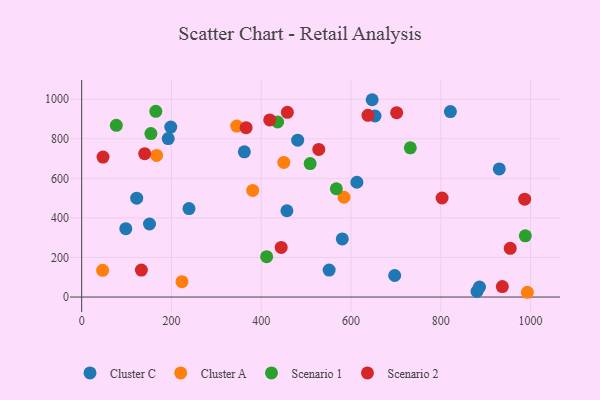
{"axis": {"x": "Experience", "y": "Profit"}, "legend": ["Cluster A", "Cluster C", "Scenario 1", "Scenario 2"], "data": [{"x": "551.3", "y": 136.5, "type": "Cluster C"}, {"x": "880.7", "y": 28.6, "type": "Cluster C"}, {"x": "457.2", "y": 436.3, "type": "Cluster C"}, {"x": "821.4", "y": 937.7, "type": "Cluster C"}, {"x": "930.3", "y": 647.9, "type": "Cluster C"}, {"x": "362.4", "y": 734.1, "type": "Cluster C"}, {"x": "239.1", "y": 447.0, "type": "Cluster C"}, {"x": "647.1", "y": 997.5, "type": "Cluster C"}, {"x": "151.1", "y": 369.3, "type": "Cluster C"}, {"x": "886.2", "y": 50.6, "type": "Cluster C"}, {"x": "98.3", "y": 345.4, "type": "Cluster C"}, {"x": "198.5", "y": 859.0, "type": "Cluster C"}, {"x": "192.8", "y": 801.1, "type": "Cluster C"}, {"x": "580.6", "y": 293.7, "type": "Cluster C"}, {"x": "122.6", "y": 499.8, "type": "Cluster C"}, {"x": "481.2", "y": 792.8, "type": "Cluster C"}, {"x": "697.3", "y": 108.9, "type": "Cluster C"}, {"x": "653.5", "y": 915.3, "type": "Cluster C"}, {"x": "613.1", "y": 580.4, "type": "Cluster C"}, {"x": "992.9", "y": 24.1, "type": "Cluster A"}, {"x": "584.4", "y": 504.5, "type": "Cluster A"}, {"x": "166.9", "y": 715.9, "type": "Cluster A"}, {"x": "345.4", "y": 864.1, "type": "Cluster A"}, {"x": "381.0", "y": 539.0, "type": "Cluster A"}, {"x": "46.7", "y": 135.2, "type": "Cluster A"}, {"x": "450.3", "y": 680.7, "type": "Cluster A"}, {"x": "223.4", "y": 77.5, "type": "Cluster A"}, {"x": "412.1", "y": 204.3, "type": "Scenario 1"}, {"x": "732.1", "y": 754.1, "type": "Scenario 1"}, {"x": "165.2", "y": 938.9, "type": "Scenario 1"}, {"x": "509.0", "y": 674.8, "type": "Scenario 1"}, {"x": "77.2", "y": 867.9, "type": "Scenario 1"}, {"x": "154.2", "y": 826.4, "type": "Scenario 1"}, {"x": "988.3", "y": 309.5, "type": "Scenario 1"}, {"x": "567.3", "y": 547.4, "type": "Scenario 1"}, {"x": "436.5", "y": 884.8, "type": "Scenario 1"}, {"x": "140.4", "y": 724.9, "type": "Scenario 2"}, {"x": "954.7", "y": 246.4, "type": "Scenario 2"}, {"x": "528.2", "y": 746.3, "type": "Scenario 2"}, {"x": "47.6", "y": 707.5, "type": "Scenario 2"}, {"x": "458.2", "y": 933.7, "type": "Scenario 2"}, {"x": "444.5", "y": 251.0, "type": "Scenario 2"}, {"x": "418.9", "y": 895.2, "type": "Scenario 2"}, {"x": "133.0", "y": 136.1, "type": "Scenario 2"}, {"x": "366.3", "y": 856.3, "type": "Scenario 2"}, {"x": "937.1", "y": 52.8, "type": "Scenario 2"}, {"x": "701.7", "y": 932.1, "type": "Scenario 2"}, {"x": "986.9", "y": 494.7, "type": "Scenario 2"}, {"x": "637.8", "y": 918.8, "type": "Scenario 2"}, {"x": "802.9", "y": 500.7, "type": "Scenario 2"}]}